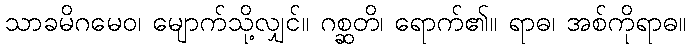
သာခမိဂမေဝ၊ မျောက်သို့လျှင်။ ဂစ္ဆတိ၊ ရောက်၏။ ရာဓ၊ အစ်ကိုရာဓ။